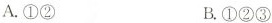
2A.①② B.①②③